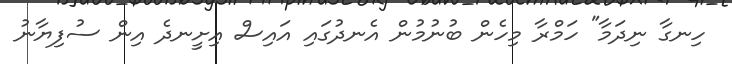
ހިނގާ ނިދަމާ" ހަމްރާ މިހެން ބުނުމުން އެނދުގައި އައިސް އިށީނދެ އިން ސުފިޔާނު